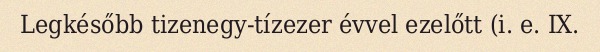
Legkésőbb tizenegy-tízezer évvel ezelőtt (i. e. IX.